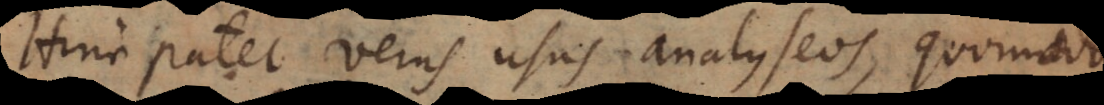
Hinc patet verus usus analyseos, quomodo